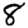
Digit: 8